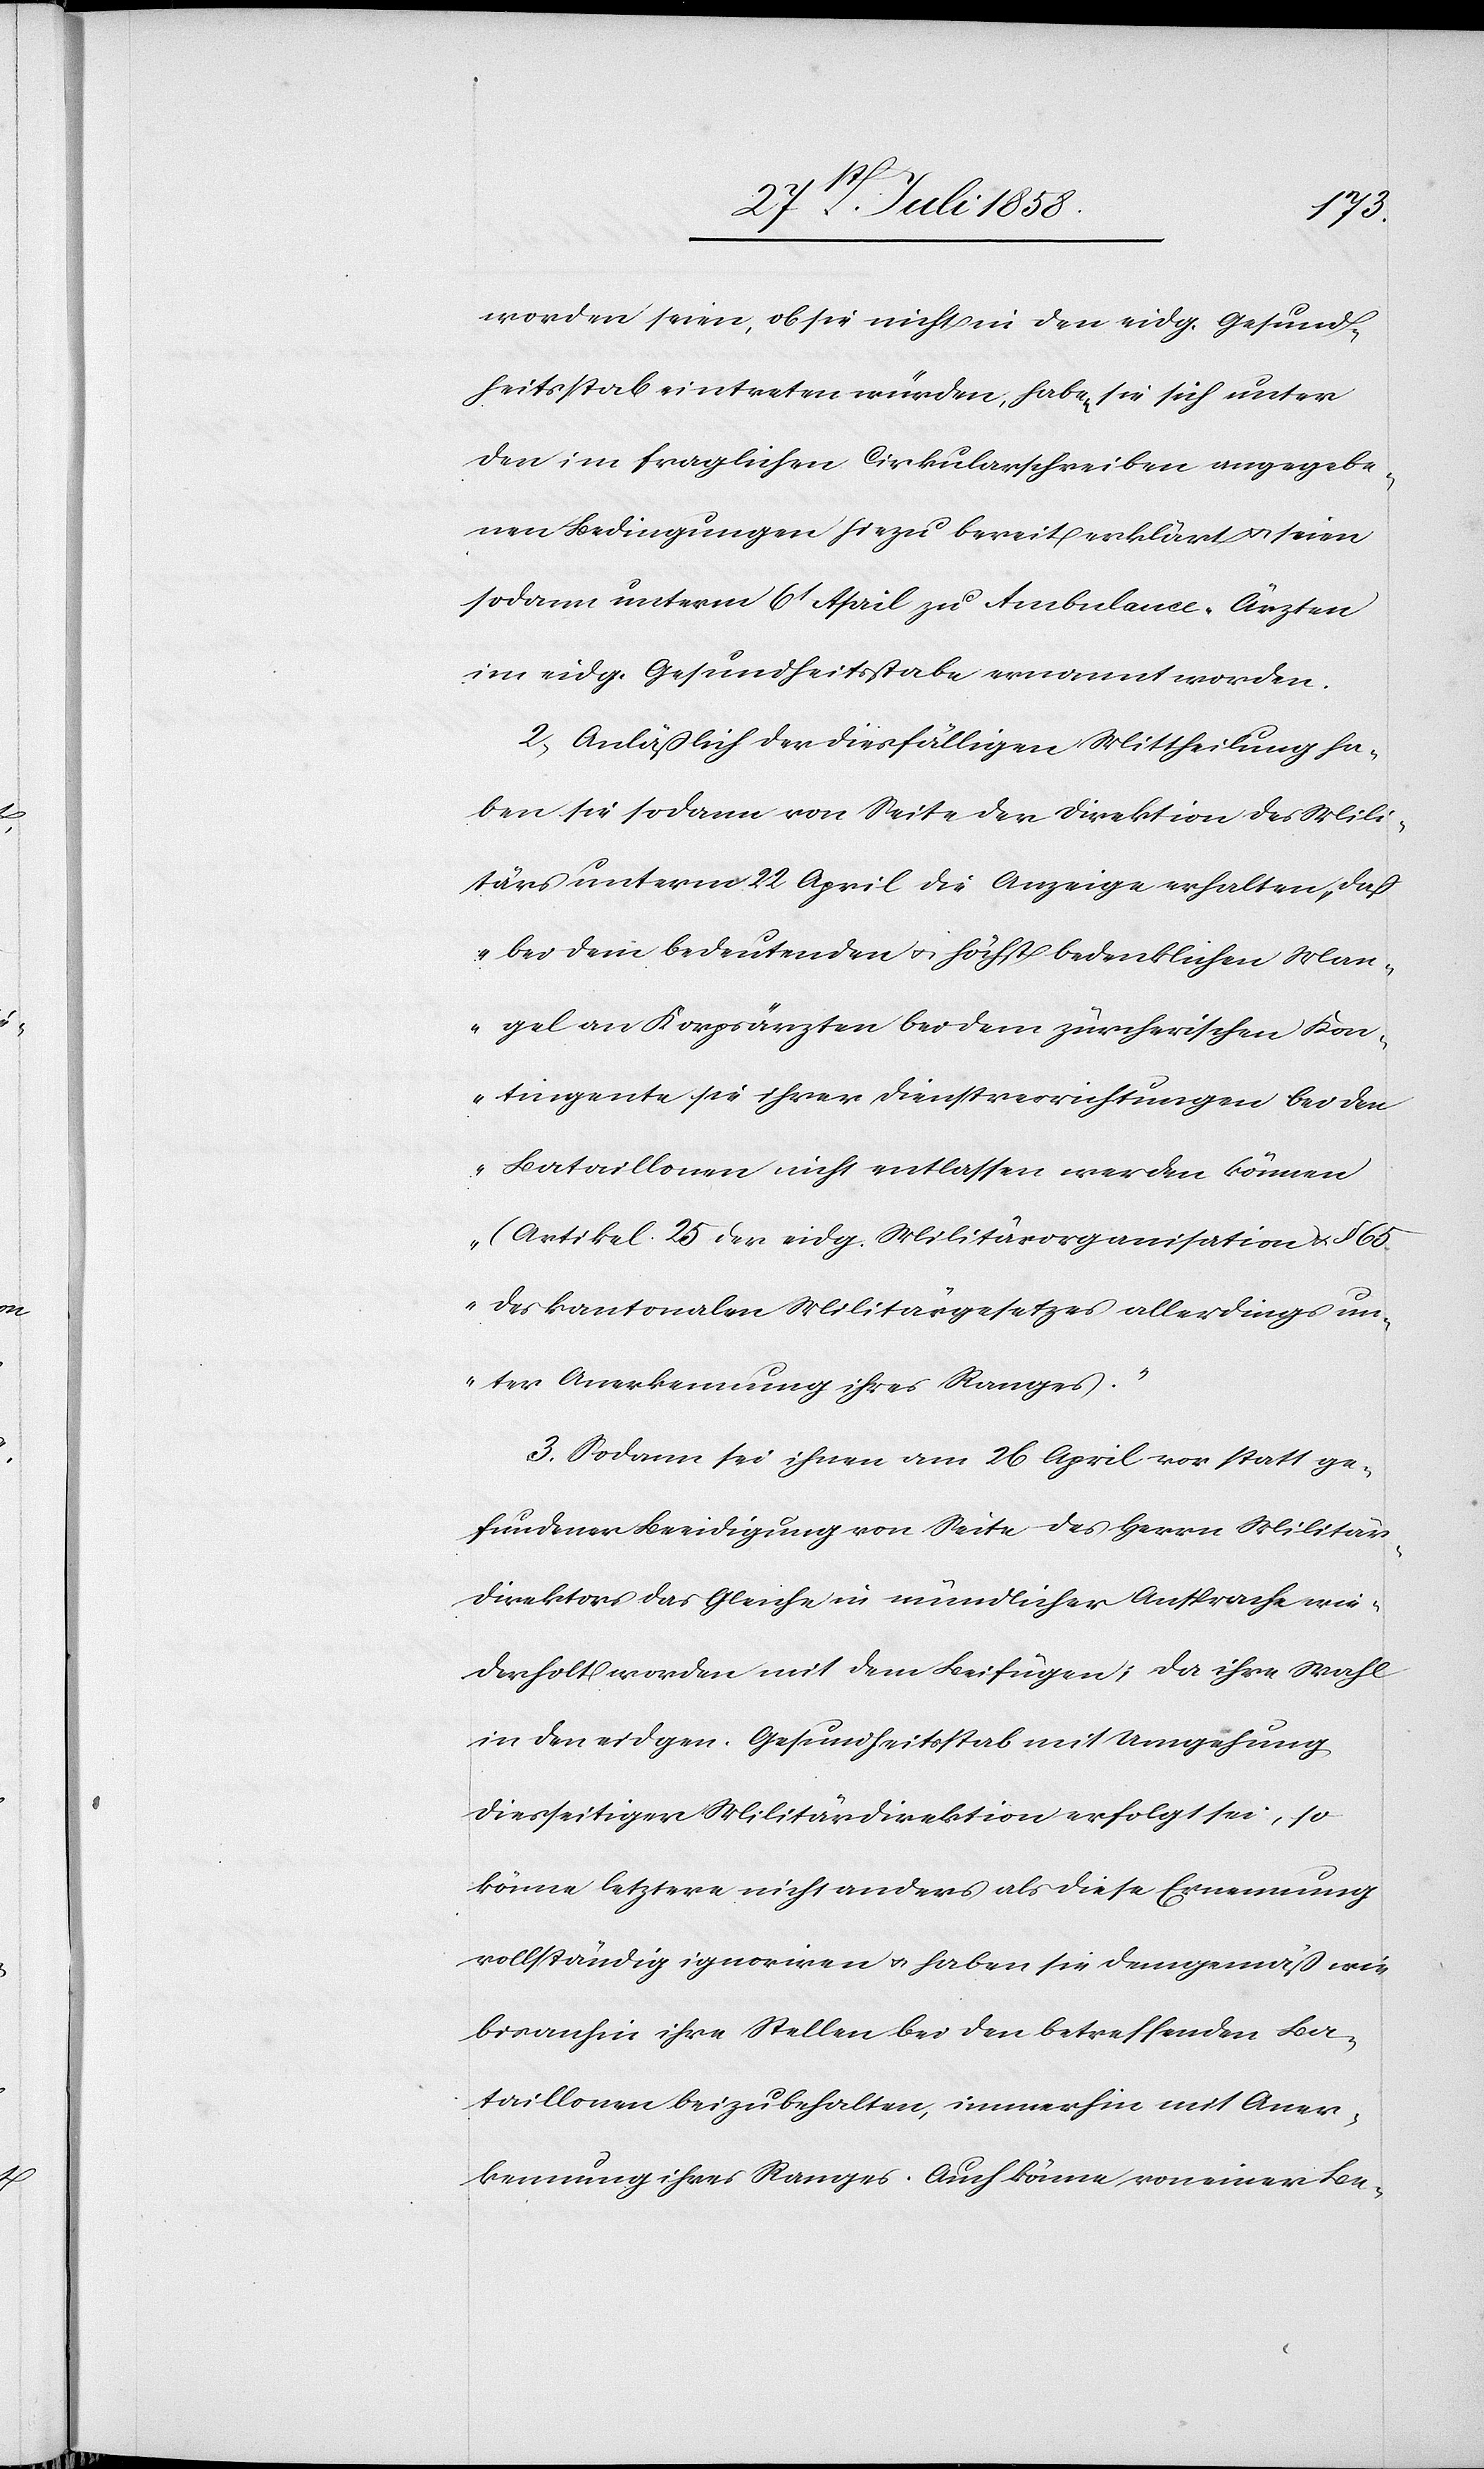
worden seien, ob sie nicht in den eidg. Gesund¬
heitsstab eintreten würden, haben sie sich unter
den im fraglichen Cirkularschreiben angegebe¬
nen Bedingungen hiezu bereit erklärt & seien
sodann unterm 6t April zu Ambulance-Ärzten
im eidg. Gesundheitsstabe ernannt worden.
2) Anläßlich der diesfälligen Mittheilung ha¬
ben sie sodann von Seite der Direktion des Mili¬
tärs unterm 22 April die Anzeige erhalten, „daß
bei dem bedeutenden & höchst bedenklichen Man¬
gel an Korpsärzten bei dem zürcherischen Kon¬
tingente sie ihrer Dienstverrichtungen bei den
Bataillonen nicht entlassen werden können
(Artikel 25 der eidg. Militärorganisation & § 65.
des kantonalen Militärgesetzes[)] allerdings un¬
ter Anerkennung ihres Ranges.“
3. Sodann sei ihnen am 26 April vor statt ge¬
fundener Beeidigung von Seite des Herrn Militär¬
direktors das Gleiche in mündlicher Ansprache wie¬
derholt worden mit dem Beifügen: Da ihre Wahl
in den eidgen. Gesundheitsstab mit Umgehung
diesseitiger Militärdirektion erfolgt sei, so
könne letztere nicht anders als diese Ernennung
vollständig ignoriren & haben sie demgemäß wie
bisanhin ihre Stellen bei den betreffenden Ba¬
taillonen beizubehalten, immerhin mit Aner¬
kennung ihres Ranges. Auch könne von einer Be-